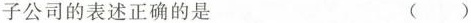
子公司的表述正确的是 ( )